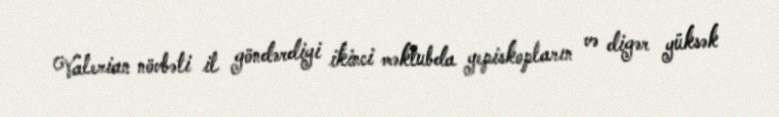
Valerian növbəti il göndərdiyi ikinci məktubda yepiskopların və digər yüksək